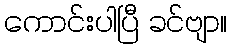
ကောင်းပါပြီ ခင်ဗျာ။